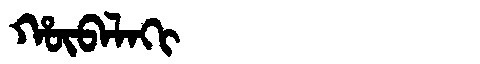
Manchu: ᡥᡡᠪᠠᠯᠠᡴᡳ
Romanization: HŪBALAKI